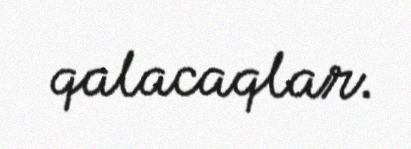
qalacaqlar.